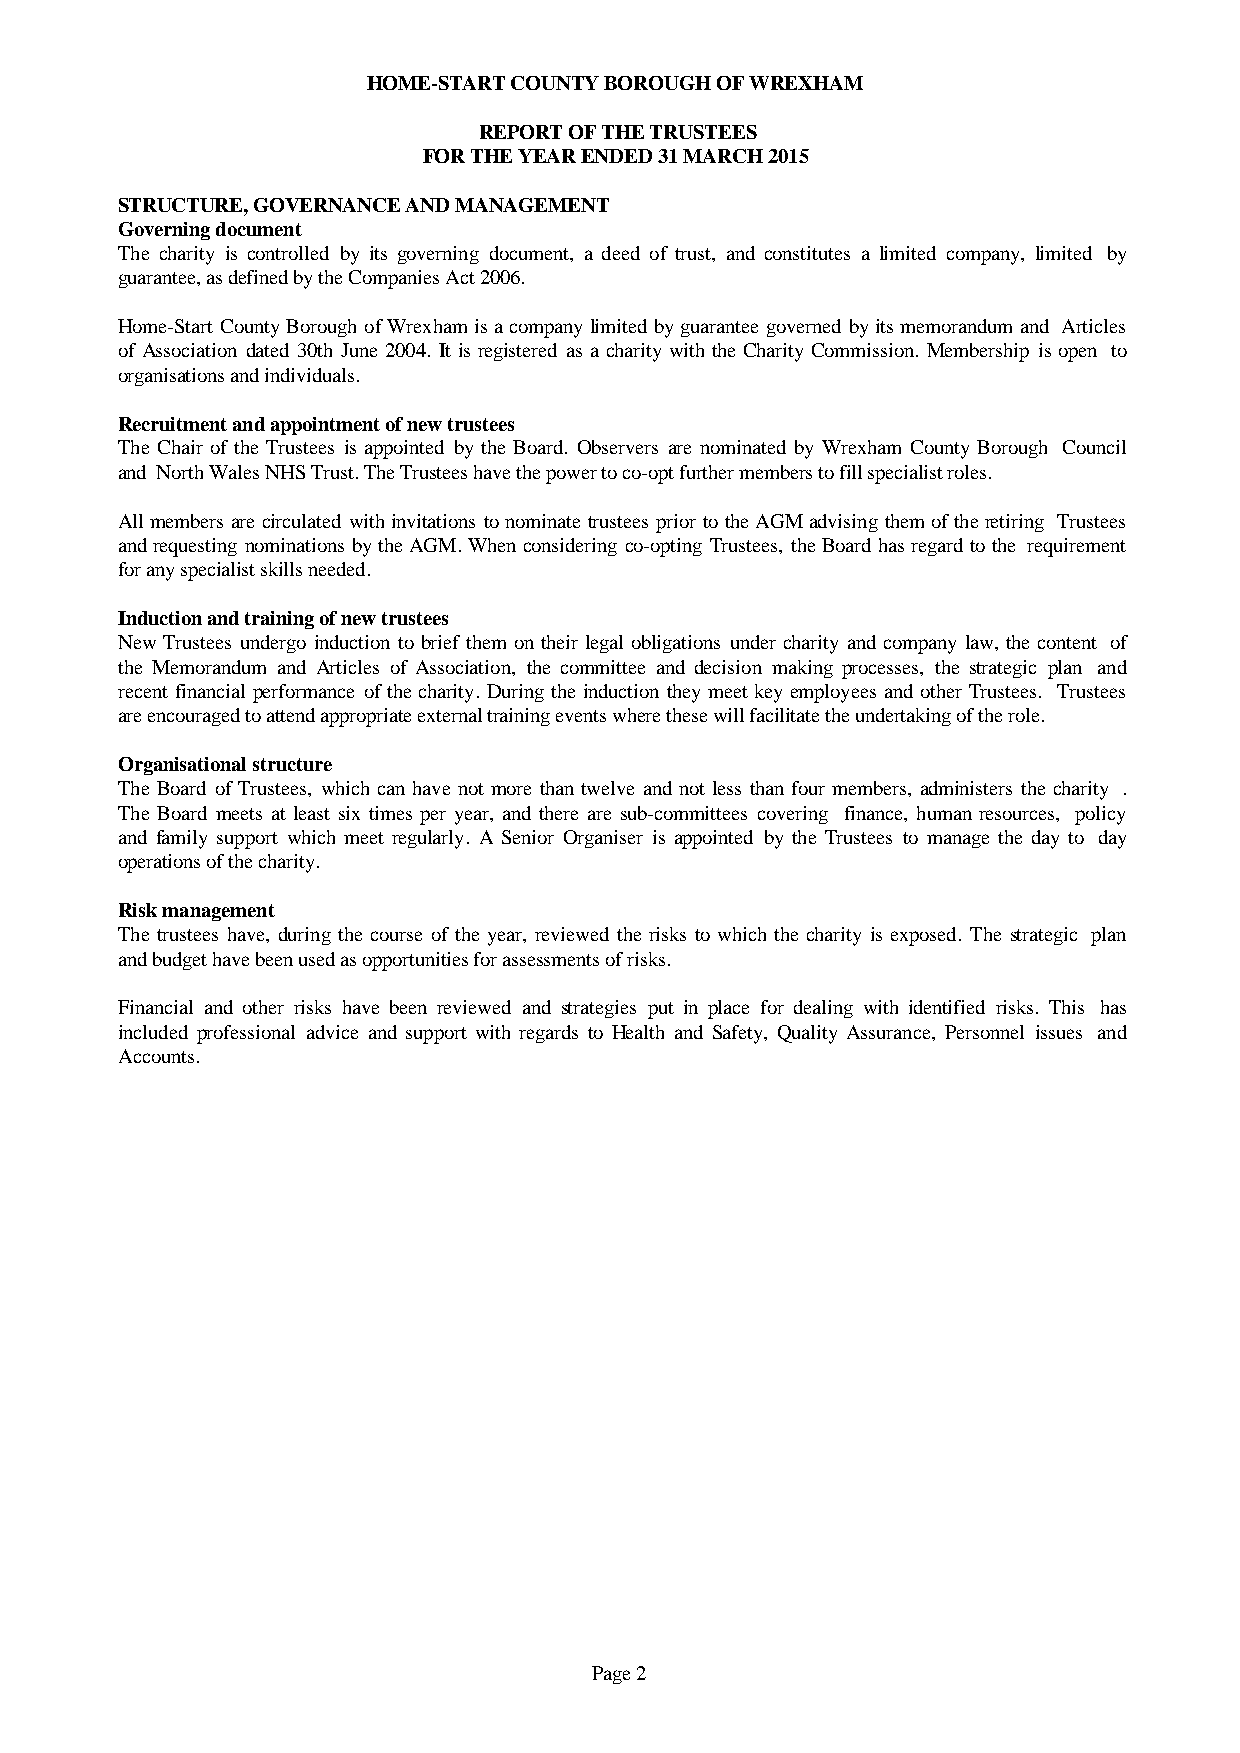
HOME-START COUNTY BOROUGH OF WREXHAM
 REPORT OF THE TRUSTEES
 FOR THE YEAR ENDED 31 MARCH 2015
 STRUCTURE, GOVERNANCE AND MANAGEMENT
 Governing document
 The charity is controlled by its governing document, a deed of trust, and constitutes a limited company, limited by
 guarantee, as defined by the Companies Act 2006.
 Home-StartCountyBoroughofWrexhamisacompanylimitedbyguaranteegovernedbyitsmemorandumand Articles
 of Association dated 30th June 2004. It is registered as a charitywiththeCharityCommission.Membership is open to
 organisations and individuals.
 Recruitment and appointment of new trustees
 The Chair of the Trustees is appointed by the Board. Observers are nominated by Wrexham CountyBorough Council
 and North Wales NHS Trust. The Trustees have the power to co-opt further members to fill specialist roles.
 AllmembersarecirculatedwithinvitationstonominatetrusteespriortotheAGMadvisingthemoftheretiring Trustees
 andrequestingnominationsbytheAGM.Whenconsideringco-optingTrustees,theBoardhasregardtothe requirement
 for any specialist skills needed.
 Induction and training of new trustees
 NewTrustees undergoinductionto brief themontheirlegalobligations undercharityand companylaw,thecontent of
 the Memorandum and Articles of Association, the committee and decision making processes, the strategic plan and
 recentfinancialperformanceofthecharity.DuringtheinductiontheymeetkeyemployeesandotherTrustees. Trustees
 are encouraged to attend appropriate external training events where these will facilitate the undertaking of the role.
 Organisational structure
 The Board of Trustees, whichcan have not more thantwelveand not less thanfour members,administersthe charity .
 The Board meets at least six times per year, and there are sub-committeescovering finance, humanresources, policy
 and family support which meet regularly. A Senior Organiser is appointed by the Trustees to manage the day to day
 operations of the charity.
 Risk management
 The trustees have, during the course of the year, reviewed the risks to whichthe charity is exposed. The strategic plan
 and budget have been used as opportunities for assessments of risks.
 Financial and other risks have been reviewed and strategies put in place for dealing with identified risks. This has
 included professional advice and support with regards to Health and Safety, Quality Assurance, Personnel issues and
 Accounts.
 Page 2